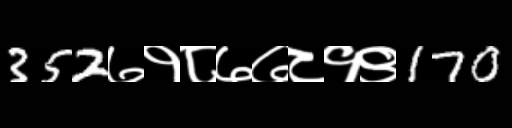
Text: 352७१८७७८१९170